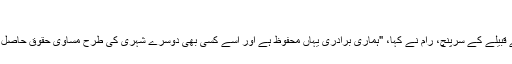
"
اپنے قبیلے کے سرپنچ، رام نے کہا، "ہماری برادری یہاں محفوظ ہے اور اسے کسی بھی دوسرے شہری کی طرح مساوی حقوق حاصل ہیں۔